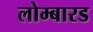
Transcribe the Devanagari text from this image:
लोम्बारड